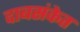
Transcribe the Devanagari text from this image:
दाबसंकेत